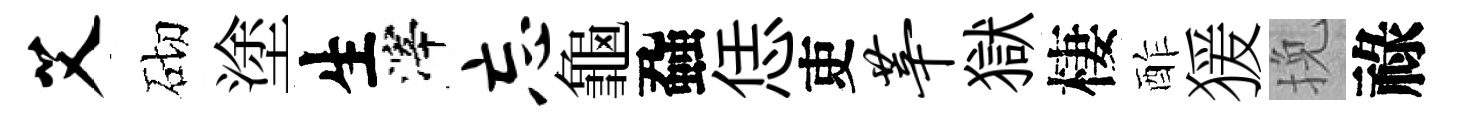
艾砌塗生滓忘龜蝨恁吏莘獄棲酢猨挽祿